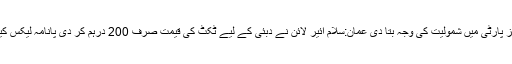
ڈاکٹر شاہد مسعود نبیل گبول نے پاکستان پیپلز پارٹی میں شمولیت کی وجہ بتا دی عمان:سلام ائیر لائن نے دبئی کے لیے ٹکٹ کی قیمت صرف 200 درہم کر دی پانامہ لیکس کیس میں نواز شریف کو مجرم مان چکی ہے ۔